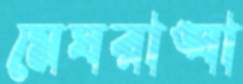
মেঘরাঙ্ঘা